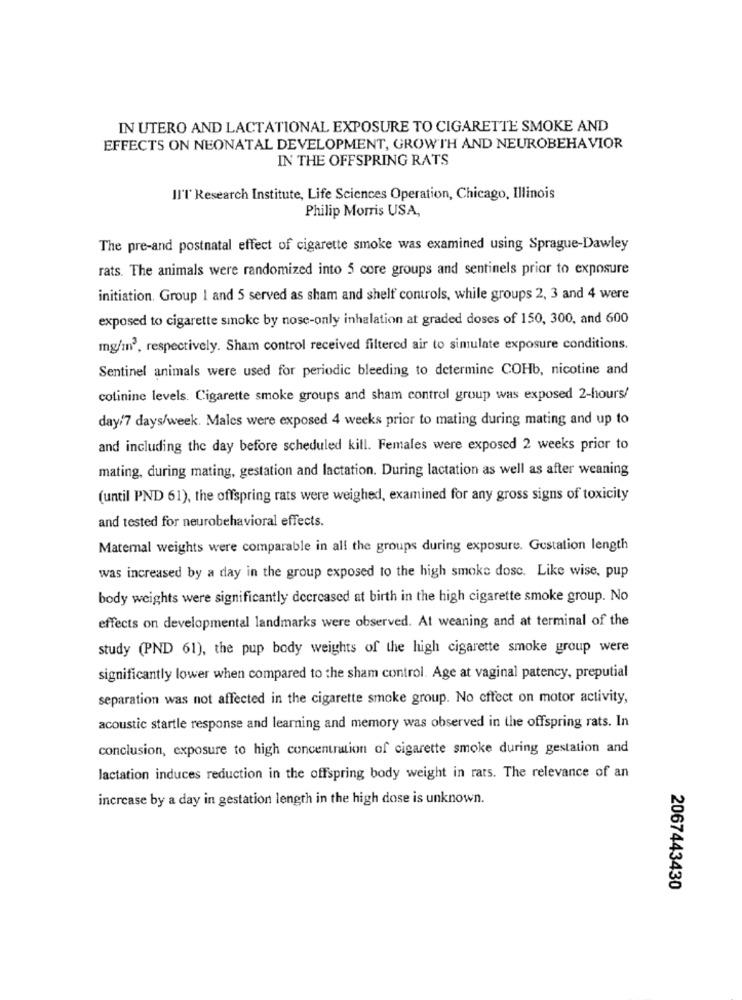
IN UTERO AND LACTATIONAL EXPOSURE TO CIGARETTE SMOKE AND
EFFECTS ON NEONATAL DEVELOPMENT, GROWTH AND NEUROBEHAVIOR
IN THE OFFSPRING RATS
Il'T Research Institute, Life Sciences Operation, Chicago, Illinois
Philip Morris USA,
The pre-and postnatal effect of cigarette smoke was examined using Sprague-Dawley
rats. The animals were randomized into 5 core groups and sentinels prior to exposure
initiation. Group I and 5 served as sham and shelf controls, while groups 2, 3 and 4 were
exposed to cigarette smoke by nose-only inhalation at graded doses of 150, 300, and 600
mg/m3, respectively. Sham control received filtered air to simulate exposure conditions.
Sentinel animals were used for periodic bleeding to determine COHb, nicotine and
colinine levels. Cigarette smoke groups and sham control group was exposed 2-hours/
day/7 days/week. Males were exposed 4 weeks prior to mating during mating and up to
and including the day before scheduled kill. Females were exposed 2 weeks prior to
mating, during mating, gestation and lactation. During lactation as well as after weaning
(until PND 61), the offspring rats were weighed, examined for any gross signs of toxicity
and tested for neurobehavioral effects.
Matemal weights were comparable in all the groups during exposure. Gestation length
was increased by a day in the group exposed to the high smoke dosc. Like wise, pup
body weights were significantly decreased at birth in the high cigarette smoke group. No
effects on developmental landmarks were observed. At weaning and at terminal of the
study (PND 61), the pup body weights of the high cigarette smoke group were
significantly lower when compared to the sham control. Age at vaginal patency, preputial
separation was not affected in the cigarette smoke group. No effect on motor activity,
acoustic startle response and learning and memory was observed in the offspring rats. In
conclusion, exposure to high concentration of cigarette smoke during gestation and
lactation induces reduction in the offspring body weight in rats. The relevance of an
increase by a day in gestation length in the high dose is unknown.
2067443430